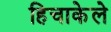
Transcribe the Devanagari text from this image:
हिचाकेले